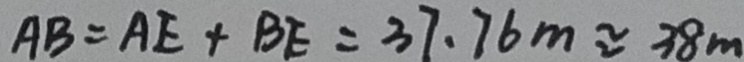
A B = A E + B E = 3 7 . 7 6 m \approx 3 8 m